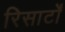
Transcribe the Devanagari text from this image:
रिसार्टों